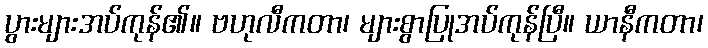
ပွားများအပ်ကုန်၏။ ဗဟုလီကတာ၊ များစွာပြုအပ်ကုန်ပြီ။ ယာနီကတာ၊